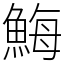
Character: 䱕